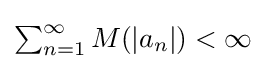
{\textstyle \sum _{n=1}^{\infty }M(|a_{n}|)<\infty }